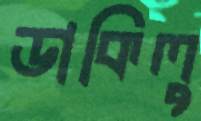
ডাকিলু